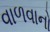
વાળવાનો